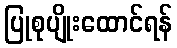
ပြုစုပျိုးထောင်ရန်